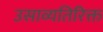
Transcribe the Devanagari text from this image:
उसाव्यतिरिक्त